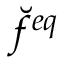
\breve { f } ^ { e q }